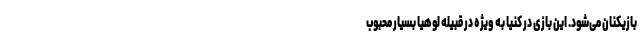
بازیکنان می‌شود. این بازی در کنیا به ویژه در قبیله لوهیا بسیار محبوب